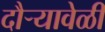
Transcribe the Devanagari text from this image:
दौर्‍यावेळी